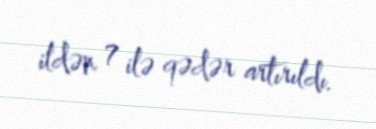
ildən 7 ilə qədər artırıldı.